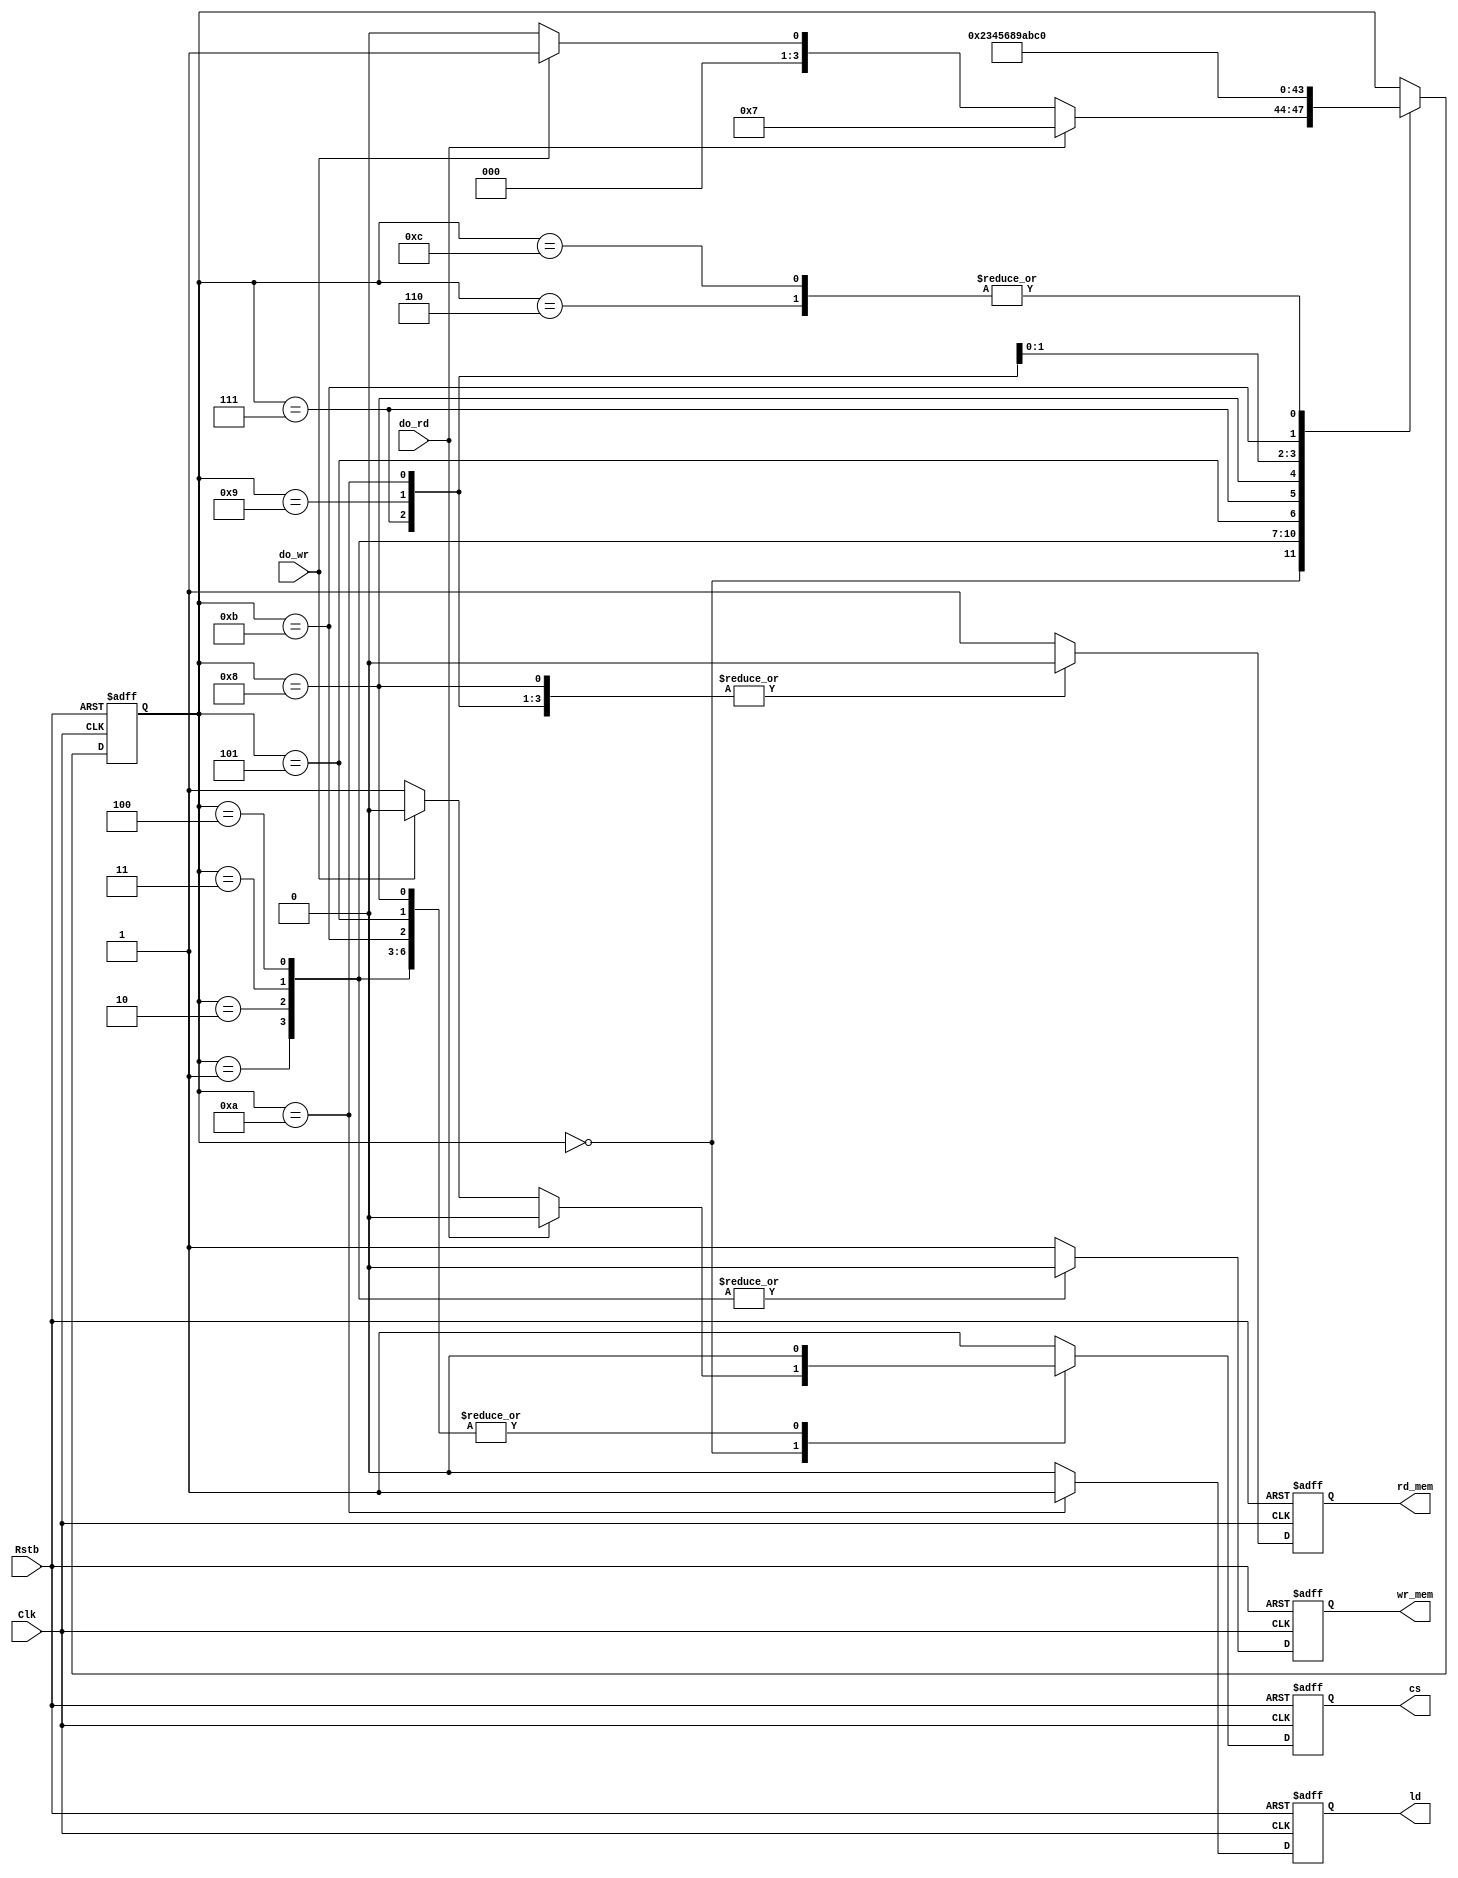
`timescale 1ns / 1ps
/*********************************************************************************
## Engineer: Raul Diaz
## Course:   CECS460
## Semester: Sp 15
## Modified: 5/10/15
====================================================================================
====================================================================================
*  The MIB Finite State Machine is an essential component to MIB. It controls the Chip
*  Select, Read, and Write enable strobes used to activate the micron memory chip. 
*  Upon reset, this FSM remains in idle waiting for rdstrobe[18] or wrstrobe[19] from 
*  the system. Based on received strobe, the FSM goes into an uninterrupted 6 state 
*  transition changing on each rising edge of the system clock.  Details on 
*  communication can be found in the Micron Memory Datasheet. 

*********************************************************************************/
module MIB_SM(Clk, Rstb, do_rd, do_wr, cs, rd_mem, wr_mem, ld);
   input      Clk, Rstb; 
   input      do_rd, do_wr; 
   output reg cs, rd_mem, wr_mem, ld; 
   
   reg ns_cs, ns_rd, ns_wr, ns_ld; 
   reg [3:0] state_reg, state_next; 
   
   /* Symbolic State Declorations */ 
   localparam [3:0] 
      idle      = 4'h0,  
      wr_1      = 4'h1,   rd_1      = 4'h7, 
      wr_2      = 4'h2,   rd_2      = 4'h8, 
      wr_3      = 4'h3,   rd_3      = 4'h9, 
      wr_4      = 4'h4,   rd_4      = 4'hA, 
      wr_5      = 4'h5,   rd_5      = 4'hB, 
      wr_6      = 4'h6,   rd_6      = 4'hC;       
      
/*****************  Sequential block  **********************/      
   always @(posedge Clk, negedge Rstb) 
      if(!Rstb) begin 
         state_reg  <= idle;
         {cs, rd_mem, wr_mem, ld} <= 4'b1110;      
      end      
          else       begin 
         state_reg <= state_next; 
         {cs, rd_mem, wr_mem, ld} <= {ns_cs, ns_rd, ns_wr, ns_ld};
      end
      
/*************Combo & Next State Logic block******************/         
   always @(*) begin 
      /* Default Assignments */ 
      state_next = state_reg;
      {ns_cs, ns_rd, ns_wr, ns_ld} = 4'b1110;
      
      case(state_reg) 
         idle: 
         begin 
            if(do_rd)   
               {state_next, ns_cs} = {rd_1, 1'b0}; /* Enable Chip Sel */ 
            else
            if(do_wr)
               {state_next, ns_cs} = {wr_1, 1'b0}; /* Enable Chip Sel */ 
            
            else
               state_next = idle ;
         end
/************* Write Cycle ******************/               
         wr_1: 
         begin 
            state_next = wr_2; 
            
            /* Enable Chip Sel & Enable Memory Write */ 
            {ns_cs, ns_wr} = 2'b0;   
         end      
         wr_2 : 
         begin 
            state_next = wr_3; 
            
            /* Enable Chip Sel & Enable Memory Write */ 
            {ns_cs, ns_wr} = 2'b0;
         end      
         wr_3 : 
         begin 
            state_next = wr_4; 
            
            /* Enable Chip Sel & Enable Memory Write */ 
            {ns_cs, ns_wr} = 2'b0;
         end      
         wr_4: 
         begin 
            state_next = wr_5; 
            
            /* Enable Chip Sel & Enable Memory Write */ 
            {ns_cs, ns_wr} = 2'b0;
         end      
         wr_5: 
         begin 
            state_next = wr_6; 
            
            /* Disable Memory Write */                   
            {ns_cs, ns_wr} = 2'b01;
         end      
         wr_6: state_next = idle;
         
/************* Read Cycle ******************/                     
         rd_1: 
         begin 
            state_next = rd_2;                   
            /* Enable Chip Sel & Enable Memory Read */ 
            {ns_cs, ns_rd} = 2'b0;
         end      
         rd_2 : 
         begin 
            state_next = rd_3;                   
            /* Enable Chip Sel & Enable Memory Read */ 
            {ns_cs, ns_rd} = 2'b0;
         end      
         rd_3: 
         begin 
            state_next = rd_4;                   
            /* Enable Chip Sel & Enable Memory Read */ 
            {ns_cs, ns_rd} = 2'b0;
         end       
         rd_4: 
         begin 
            state_next = rd_5;                   
            /* Enable Chip Sel & Enable Memory Read */ 
            {ns_cs, ns_rd, ns_ld} = 3'b001;
         end      
         rd_5: 
         begin 
            state_next = rd_6;                   
            /* Disable Read Write */ 
            {ns_cs, ns_rd} = 2'b01;
         end   
               
         rd_6: state_next = idle;               
      endcase
   end
endmodule